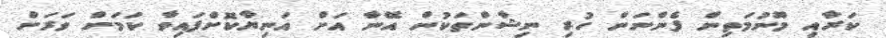
ކަރާއި މޫނުމަތިން ފެންނަން ހުރި ނިޝާންތަކުން އޭނާ އަށް އަނިޔާކޮށްފައިވާ ކަމަށް ވަރަށް